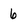
Character: 6